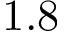
1 . 8